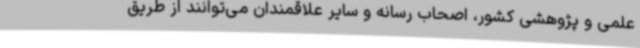
علمی و پژوهشی کشور، اصحاب رسانه و سایر علاقمندان می‌توانند از طریق